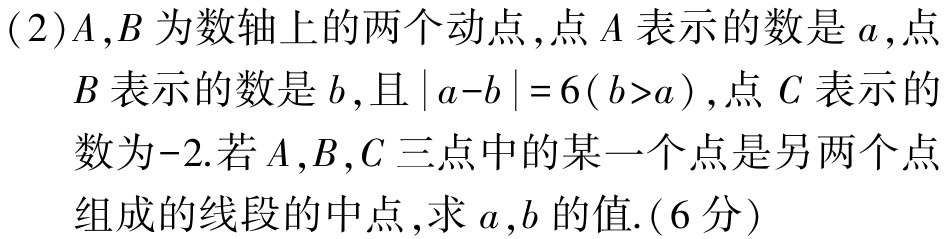
(2)\(A,B\)为数轴上的两个动点,点\(A\)表示的数是\(a\),点\(B\)表示的数是\(b\),且\(\vert a - b\vert=6(b > a)\),点\(C\)表示的数为\(-2\).若\(A,B,C\)三点中的某一个点是另两个点组成的线段的中点,求\(a,b\)的值.(6分)